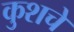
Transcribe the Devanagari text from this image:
कुशचे